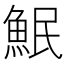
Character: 𫙗